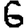
Digit: 6